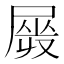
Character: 𡲯